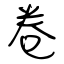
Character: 卷